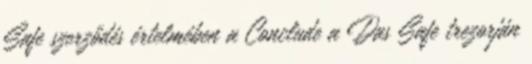
Safe szerződés értelmében a Conclude a Das Safe trezorján